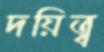
দয়িত্ব